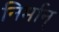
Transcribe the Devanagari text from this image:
निर्मान्